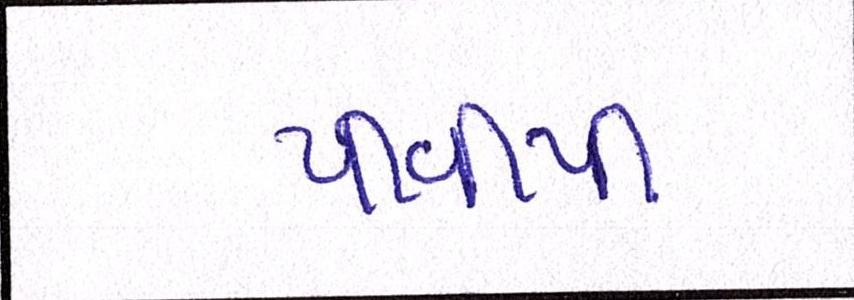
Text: પીવીપી